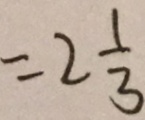
= 2 \frac { 1 } { 3 }